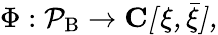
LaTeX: \Phi:\cal{P}_{\mathrm{B}}\rightarrow\mathbf{C}[\xi,\bar{\xi}],